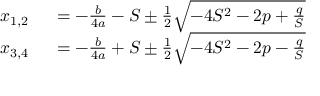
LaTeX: \begin{array} { r l } { x _ { 1 , 2 } \ } & { { } = - { \frac { b } { 4 a } } - S \pm { \frac { 1 } { 2 } } { \sqrt { - 4 S ^ { 2 } - 2 p + { \frac { q } { S } } } } } \\ { x _ { 3 , 4 } \ } & { { } = - { \frac { b } { 4 a } } + S \pm { \frac { 1 } { 2 } } { \sqrt { - 4 S ^ { 2 } - 2 p - { \frac { q } { S } } } } } \end{array}